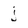
Character: j